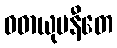
ဝဓာယုပနီတေ